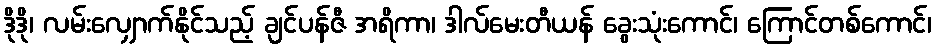
ဒိုဒို၊ လမ်းလျှောက်နိုင်သည့် ချင်ပန်ဇီ အရိကာ၊ ဒါလ်မေးတီယန် ခွေးသုံးကောင်၊ ကြောင်တစ်ကောင်၊